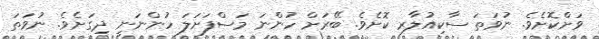
ވަށްކޮށެވެ. ނުވަތަ ސާކިއުލާރ ކޮށެވެ. ބޭރަށް ހުންނަ މަސްފަށަލަ ހުންނަނީ ދިގަށެވެ. ނުވަތަ